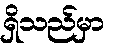
ရှိသည်မှာ